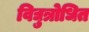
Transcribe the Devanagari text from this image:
विद्युत्रोधित